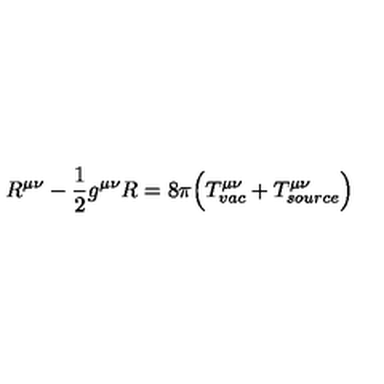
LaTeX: R ^ { \mu \nu } - \frac { 1 } { 2 } g ^ { \mu \nu } R = 8 \pi \Bigl ( T _ { v a c } ^ { \mu \nu } + T _ { s o u r c e } ^ { \mu \nu } \Bigr )